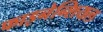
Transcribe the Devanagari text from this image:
फाइनेन्शियल